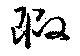
瑕